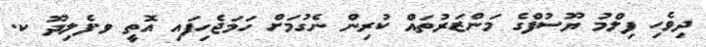
ދިވެހި ފިލްމު ޔޫސުފްގެ މަންޒަރުތައް ކުރިން ނެގުމަށް ހަމަޖެހިފައި އޮތީ ވ.ފެލިދޫ ކ.